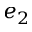
e _ { 2 }